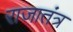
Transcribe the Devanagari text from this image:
राजातंत्र